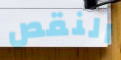
النقص